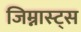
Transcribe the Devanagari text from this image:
जिम्नास्ट्स